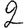
Digit: 2